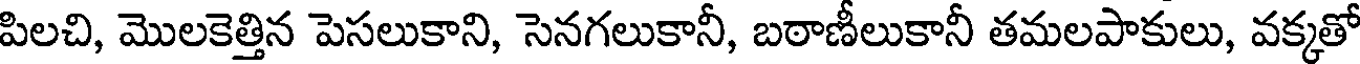
పిలచి, మొలకెత్తిన పెసలుకాని, సెనగలుకానీ, బఠాణీలుకానీ తమలపాకులు, వక్కతో